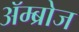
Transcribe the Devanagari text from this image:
ॲम्ब्रोज